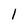
Character: 1